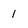
Character: 1